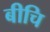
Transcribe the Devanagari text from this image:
बीचि